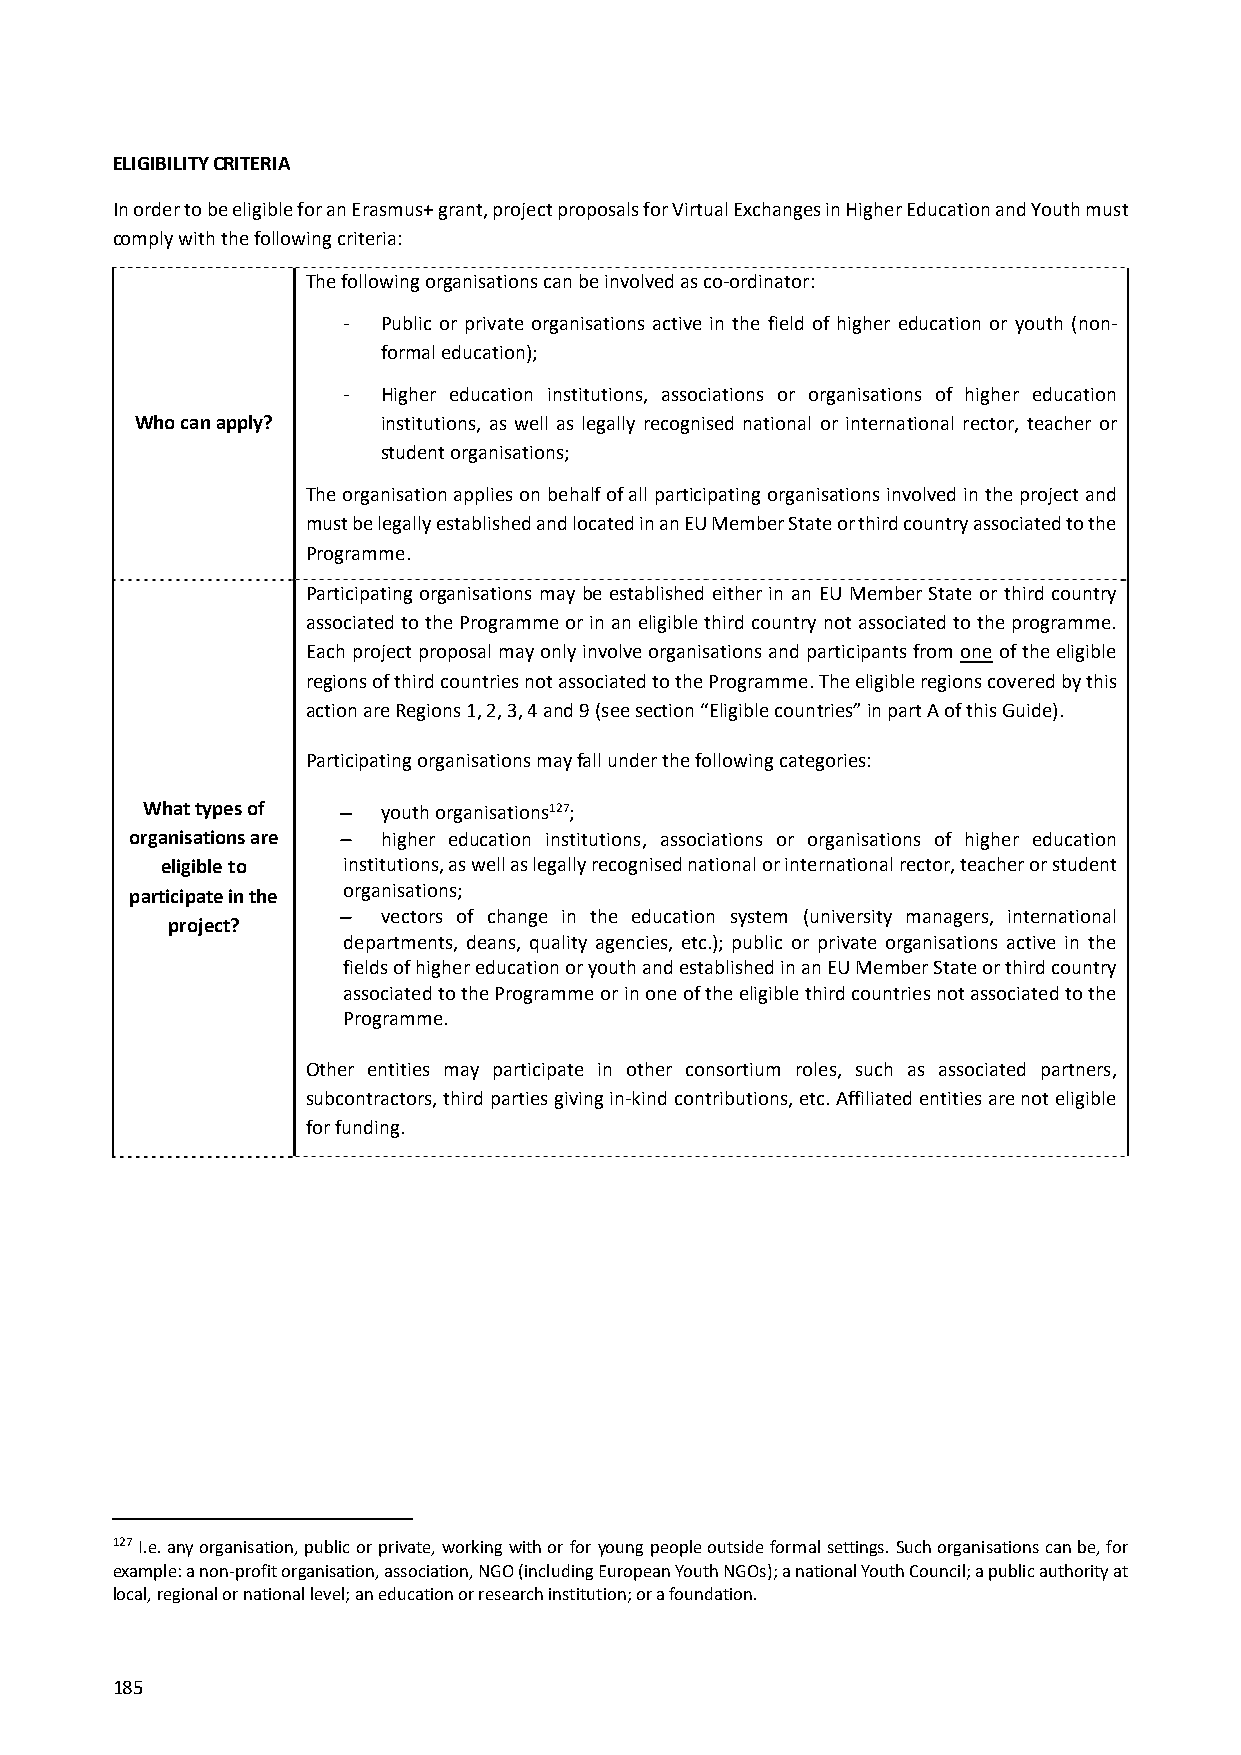
ELIGIBILITY CRITERIA
 In order to be eligible for an Erasmus+ grant, project proposals for Virtual Exchanges in Higher Education and Youth must
 comply with the following criteria:
 The following organisations can be involved as co‐ordinator:
 ‐ Public or private organisations active in the field of higher education or youth (non‐
 formal education);
 ‐ Higher education institutions, associations or organisations of higher education
 Who can apply?  institutions, as well as legally recognised national or international rector, teacher or
 student organisations;
 The organisation applies on behalf of all participating organisations involved in the project and
 must be legally established and located in an EU Member State or third country associated to the
 Programme.
 Participating organisations may be established either in an EU Member State or third country
 associated to the Programme or in an eligible third country not associated to the programme.
 Each project proposal may only involve organisations and participants from one of the eligible
 regions of third countries not associated to the Programme. The eligible regions covered by this
 action are Regions 1, 2, 3, 4 and 9 (see section “Eligible countries” in part A of this Guide).
 Participating organisations may fall under the following categories:
 What types of  youth organisations127;
 organisations are  higher education institutions, associations or organisations of higher education
 eligible to institutions, as well as legally recognised national or international rector, teacher or student
 participate in the organisations;
  vectors of change in the education system (university managers, international
 project?
 departments, deans, quality agencies, etc.); public or private organisations active in the
 fields of higher education or youth and established in an EU Member State or third country
 associated to the Programme or in one of the eligible third countries not associated to the
 Programme.
 Other entities may participate in other consortium roles, such as associated partners,
 subcontractors, third parties giving in‐kind contributions, etc. Affiliated entities are not eligible
 for funding.
 127 I.e. any organisation, public or private, working with or for young people outside formal settings. Such organisations can be, for
 example: a non‐profit organisation, association, NGO (including European Youth NGOs); a national Youth Council; a public authority at
 local, regional or national level; an education or research institution; or a foundation.
 185